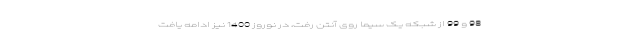
98 و 99 از شبکه یک سیما روی آنتن رفت، در نوروز 1400 نیز ادامه یافت